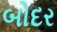
બોદર